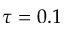
\tau = 0 . 1